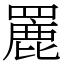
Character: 䍡